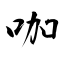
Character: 咖